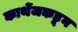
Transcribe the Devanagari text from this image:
कार्थेजकडून